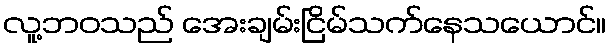
လူ့ဘဝသည် အေးချမ်းငြိမ်သက်နေသယောင်။